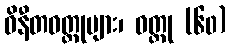
ဝိနီတဝတ္ထုများ၊ ဝတ္ထု (၆၀)